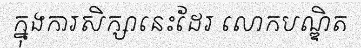
ក្នុងការសិក្សានេះដែរ លោកបណ្ឌិត